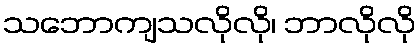
သဘောကျသလိုလို၊ ဘာလိုလို